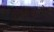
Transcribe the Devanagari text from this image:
रीडिफमेल